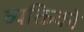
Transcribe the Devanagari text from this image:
व्यक्तिको